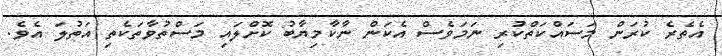
އެތެރެ ކުރަން މަސައްކަތްކުރި ނަމަވެސް އެކަން ނާކާމިޔާބު ކޮށްލައި މަސްތުވާތަކެތި އަތުލަ އެވެ.